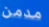
مدمن